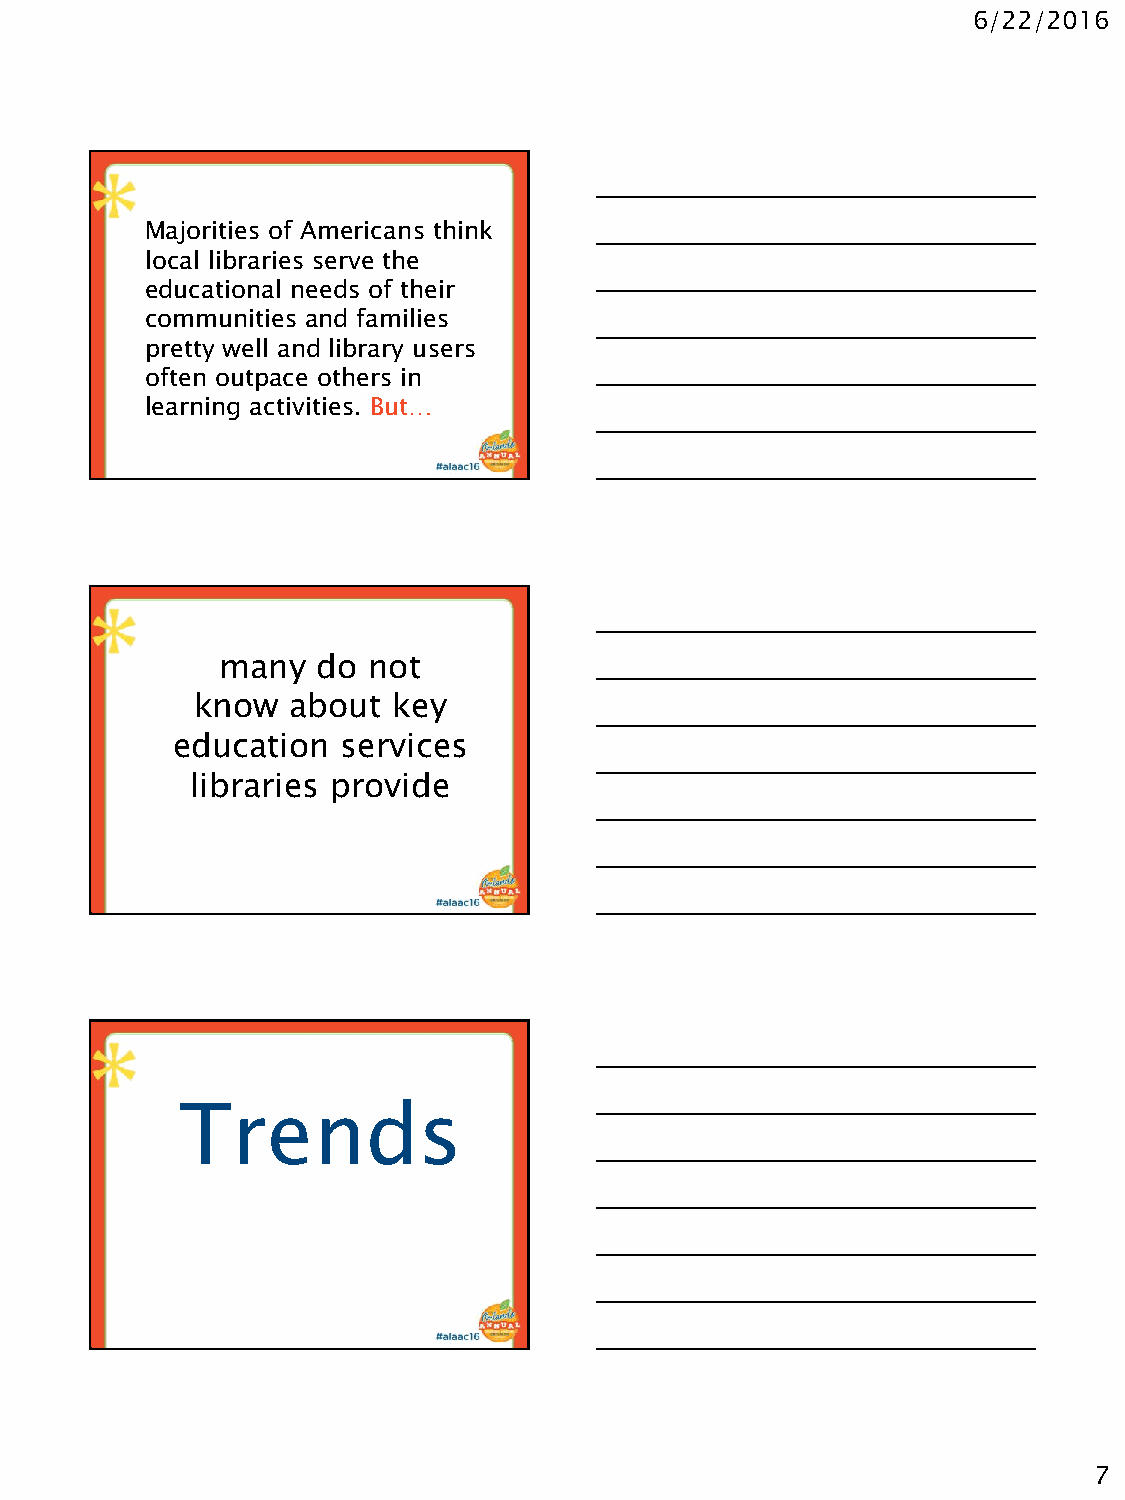
6/22/2016
 Majorities of Americans think
 local libraries serve the
 educational needs of their
 communities and families
 pretty well and library users
 often outpace others in
 learning activities. But…
 many  do not
 know  about  key
 education   services
 libraries provide
 Trends
 7